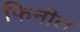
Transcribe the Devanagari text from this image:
फिनील